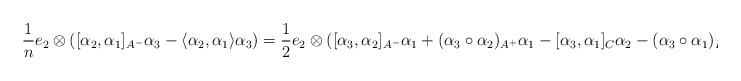
LaTeX: \begin{align*}\frac{1}{n}e_{2}\otimes([\alpha_{2},\alpha_{1}]_{A^{-}}\alpha_{3}-\langle\alpha_{2},\alpha_{1}\rangle\alpha_{3})=\frac{1}{2}e_{2}\otimes([\alpha_{3},\alpha_{2}]_{A^{-}}\alpha_{1}+(\alpha_{3}\circ\alpha_{2})_{A^{+}}\alpha_{1}-[\alpha_{3},\alpha_{1}]_{C}\alpha_{2}-(\alpha_{3}\circ\alpha_{1})_{E}\alpha_{2}),\end{align*}